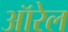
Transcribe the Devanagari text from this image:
ऑरेल